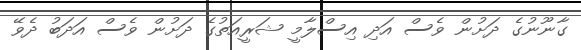
ގާނޫނުގެ ދަށުން ވެސް އަދި އިސްލާމީ ޝަރީއަތުގެ ދަށުން ވެސް އަދަބު ދެވޭ